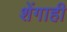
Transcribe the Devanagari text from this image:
शेंगाही